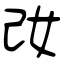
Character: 妀